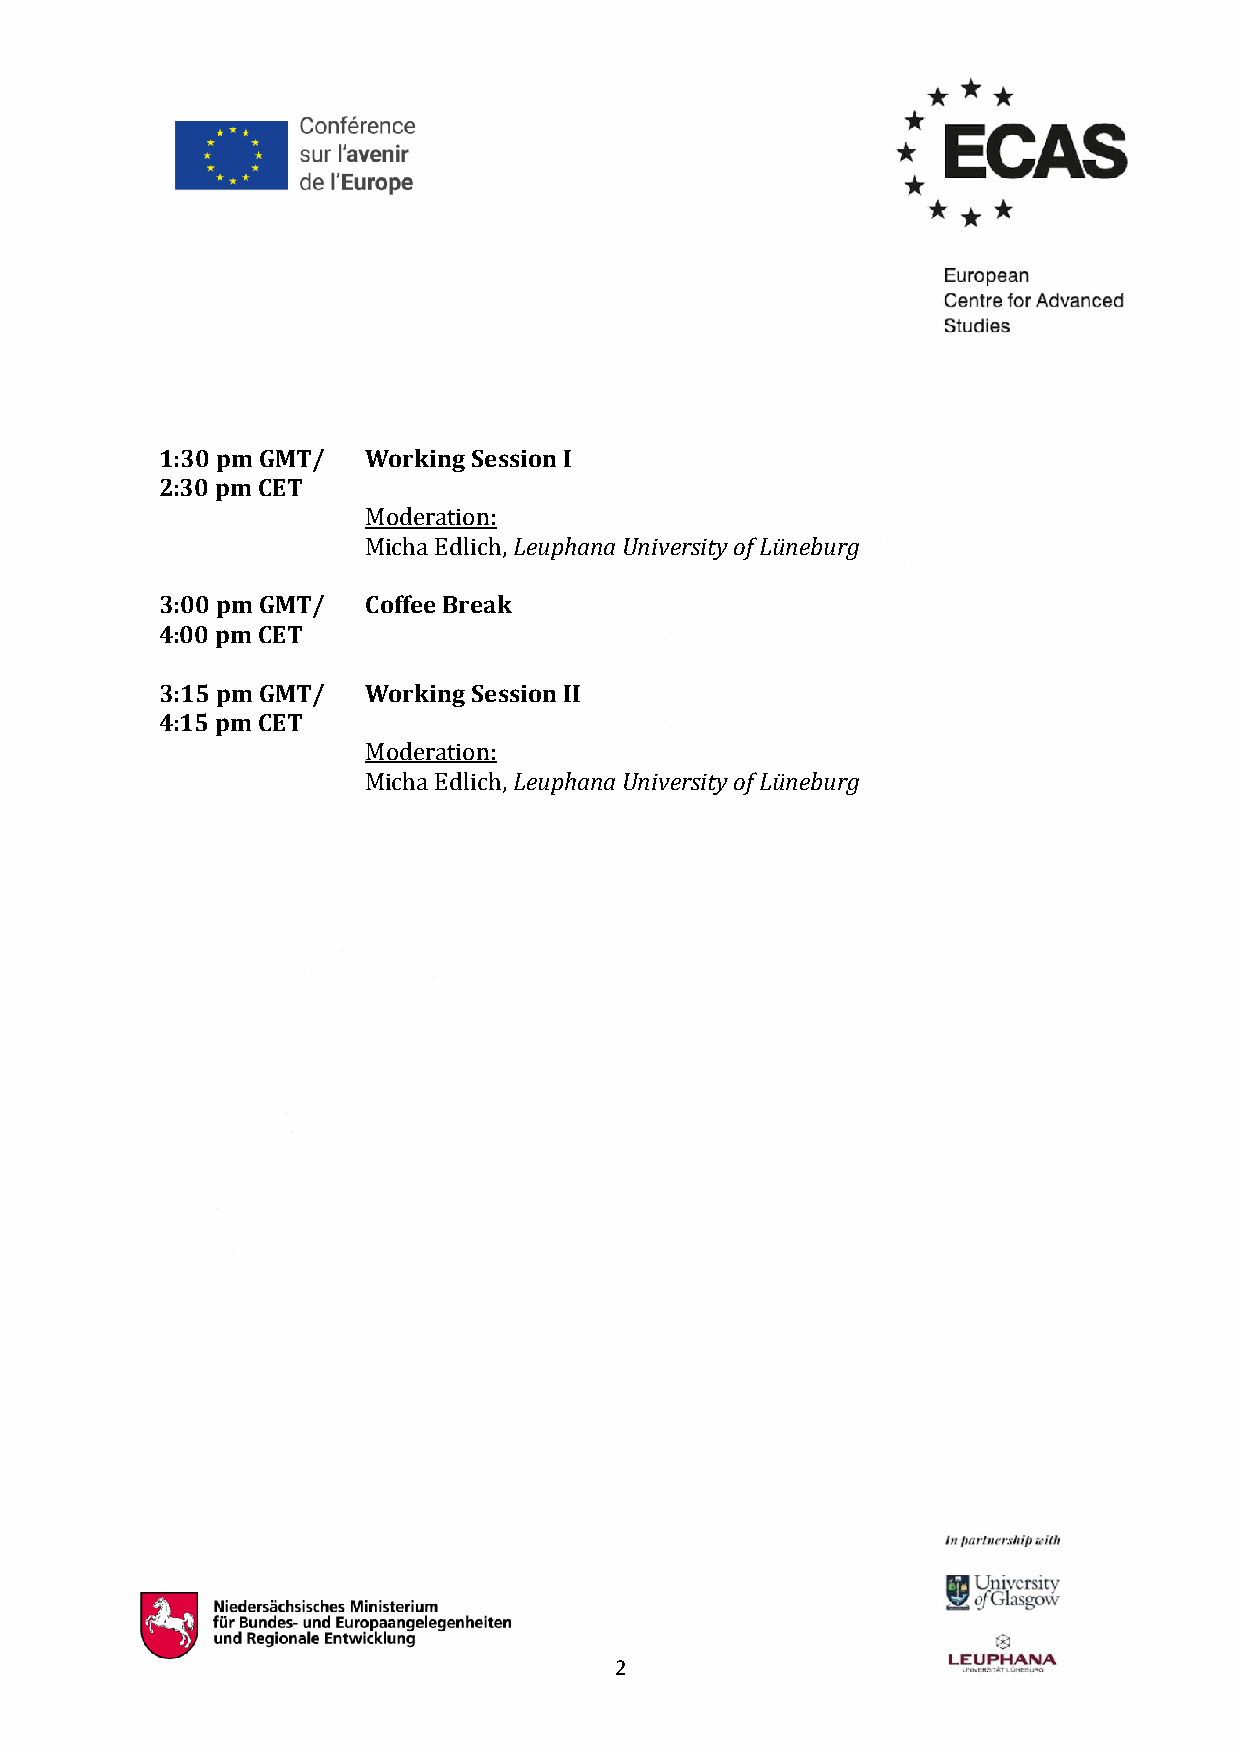
1:30 pm GMT/ Working Session I
 2:30 pm CET
 Moderation:
 Micha Edlich, Leuphana University of Lüneburg
 3:00 pm GMT/ Coffee Break
 4:00 pm CET
 3:15 pm GMT/ Working Session II
 4:15 pm CET
 Moderation:
 Micha Edlich, Leuphana University of Lüneburg
 2